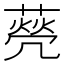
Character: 𦺺